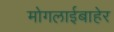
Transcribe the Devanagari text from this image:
मोगलाईबाहेर